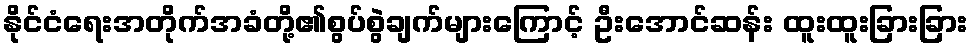
နိုင်ငံရေးအတိုက်အခံတို့၏စွပ်စွဲချက်များကြောင့် ဦးအောင်ဆန်း ထူးထူးခြားခြား